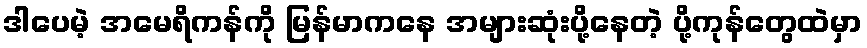
ဒါပေမဲ့ အမေရိကန်ကို မြန်မာကနေ အများဆုံးပို့နေတဲ့ ပို့ကုန်တွေထဲမှာ